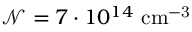
\mathcal { N } = 7 \cdot 1 0 ^ { 1 4 } \mathrm { ~ c m ^ { - 3 } }